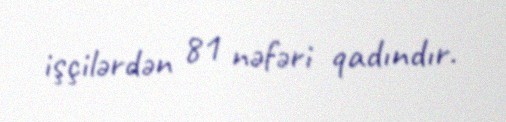
işçilərdən 81 nəfəri qadındır.